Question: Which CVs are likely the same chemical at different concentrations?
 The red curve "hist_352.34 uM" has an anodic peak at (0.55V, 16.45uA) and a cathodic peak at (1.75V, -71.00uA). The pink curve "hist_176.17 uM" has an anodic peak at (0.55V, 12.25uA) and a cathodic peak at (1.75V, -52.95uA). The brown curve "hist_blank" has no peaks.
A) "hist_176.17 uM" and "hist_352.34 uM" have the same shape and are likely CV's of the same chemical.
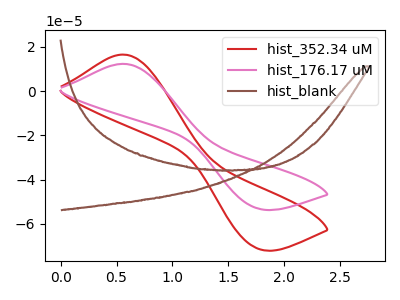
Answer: <think>All the peaks in "hist_352.34 uM" have a peak in "hist_176.17 uM" at the same potential. Every peak in "hist_352.34 uM" is higher than every peak in "hist_176.17 uM". "hist_352.34 uM" and "hist_blank" have a different number of peaks. "hist_176.17 uM" and "hist_blank" have a different number of peaks.
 </think>
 <answer>A) "hist_176.17 uM" and "hist_352.34 uM" have the same shape and are likely CV's of the same chemical.</answer>
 <eval>A</eval>